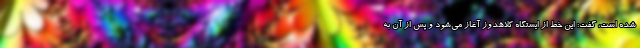
شده است، گفت: این خط از ایستگاه کلاهدوز آغاز می‌شود و پس از آن به